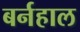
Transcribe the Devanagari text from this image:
बर्नहाल